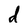
Character: d